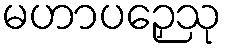
မဟာပဉှေသု